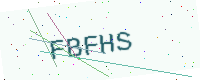
Text: FBFHS